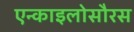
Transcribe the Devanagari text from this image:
एन्काइलोसौरस